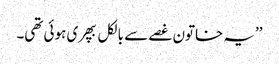
’’یہ خاتون غصے سے بالکل بپھری ہوئی تھی۔